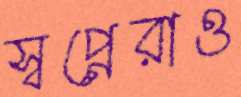
স্বপ্নেরাও